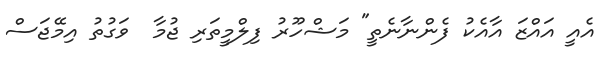
އެއީ އައްޒަ އާއެކު ފެންނާނެތީ" މަޝްހޫރު ފިލްމީތަރި ޖުމާ  ވަގުތު އިމޭޖަސް